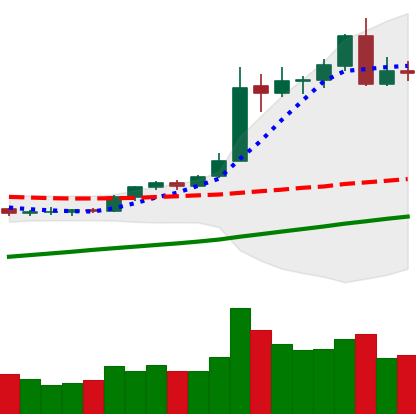
Ticker: BTC-USD
Chart end date: 2020-08-04
Forward return: 4.193%
Label: up_3_5